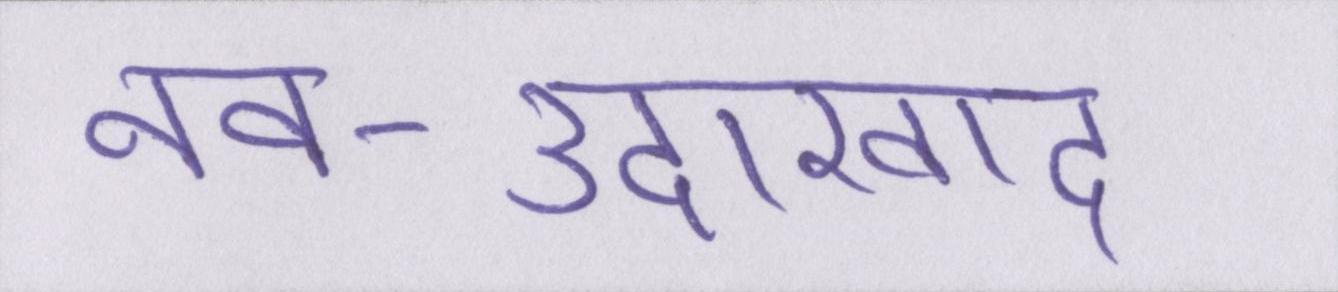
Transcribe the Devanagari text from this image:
नव-उदारवाद